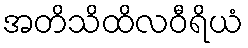
အတိသိထိလဝီရိယံ